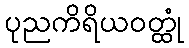
ပုညကိရိယဝတ္ထုံ